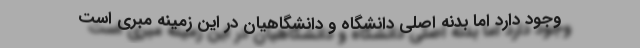
وجود دارد اما بدنه اصلی دانشگاه و دانشگاهیان در این زمینه مبری است